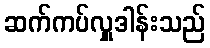
ဆက်ကပ်လှူဒါန်းသည်